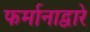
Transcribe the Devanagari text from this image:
फर्मानाद्वारे